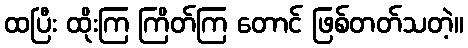
ထပြီး ထိုးကြ ကြိတ်ကြ တောင် ဖြစ်တတ်သတဲ့။